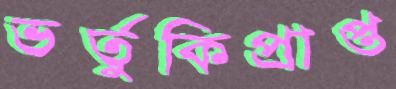
ভর্তুকিপ্রাপ্ত